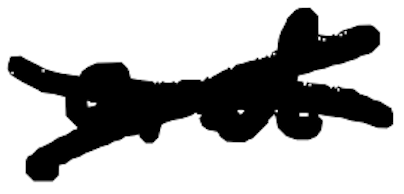
Text: and
Cross-out: cross
Writing tool: digital_black